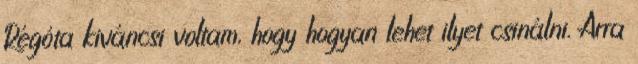
Régóta kiváncsi voltam, hogy hogyan lehet ilyet csinálni. Arra